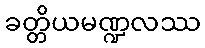
ခတ္တိယမဏ္ဍလဿ